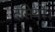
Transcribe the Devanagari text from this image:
दसियों।